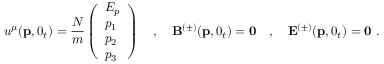
u ^ { \mu } ( { \bf p } , 0 _ { t } ) = { \frac { N } { m } } \left( \begin{array} { l } { { E _ { p } } } \\ { { p _ { 1 } } } \\ { { p _ { 2 } } } \\ { { p _ { 3 } } } \end{array} \right) \quad , \quad { \bf B } ^ { ( \pm ) } ( { \bf p } , 0 _ { t } ) = { \bf 0 } \quad , \quad { \bf E } ^ { ( \pm ) } ( { \bf p } , 0 _ { t } ) = { \bf 0 } \, \, .